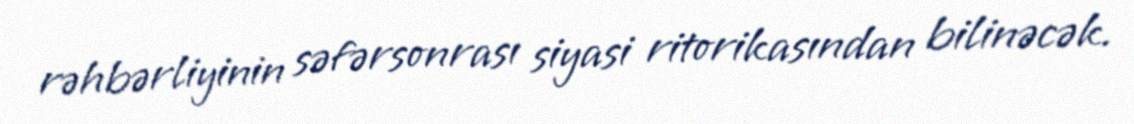
rəhbərliyinin səfərsonrası siyasi ritorikasından bilinəcək.